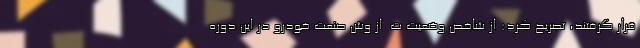
قرار گرفتند، تصریح کرد: از شاخص وضعیت ت  از وش صنعت خودرو در این دوره